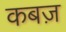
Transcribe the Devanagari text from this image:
कबज़